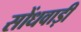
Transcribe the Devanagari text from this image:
सोंधवाड़ी